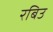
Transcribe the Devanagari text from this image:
रबिउ